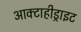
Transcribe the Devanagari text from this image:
आक्टाहीड्राइट